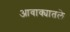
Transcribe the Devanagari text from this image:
आवाक्यातले